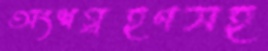
অংশগ্রহণসহ